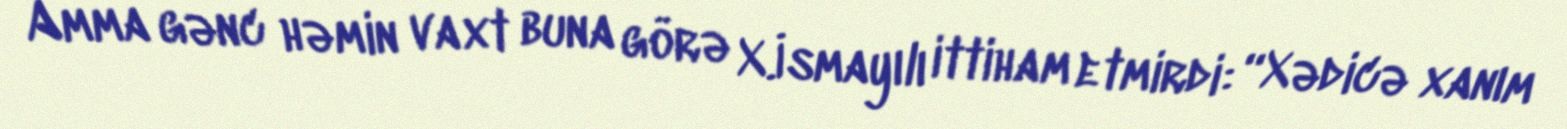
Amma gənc həmin vaxt buna görə X.İsmayılı ittiham etmirdi: “Xədicə xanım